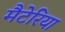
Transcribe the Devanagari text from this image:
मैटेरिया